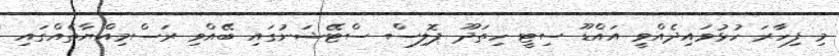
މި ފިހާރަ ހުޅުވައިދެއްވީ އައްޑޫ ސިޓީ ހިތަދޫ ޕޮލިސް ސްޓޭޝަނުގައި ބޭއްވި ރަސްމިއްޔާތެއްގައި